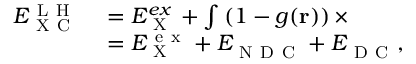
\begin{array} { r l } { E _ { \mathrm { ~ X ~ C ~ } } ^ { \mathrm { ~ L ~ H ~ } } } & { { } = E _ { \mathrm { ~ X ~ } } ^ { e x } + \int \left( 1 - g ( \mathbf { r } ) \right) \times } \\ { \phantom { \sum } } & { { } = E _ { \mathrm { ~ X ~ } } ^ { \mathrm { ~ e ~ x ~ } } + E _ { \mathrm { ~ N ~ D ~ C ~ } } ^ { } + E _ { \mathrm { ~ D ~ C ~ } } ^ { } , } \end{array}